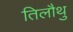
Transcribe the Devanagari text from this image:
तिलौथु